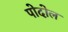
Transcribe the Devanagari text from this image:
पोदोल